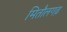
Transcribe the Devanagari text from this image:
मितौलगढ़